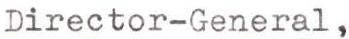
Director-General,